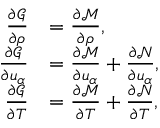
\begin{array} { r l } { \frac { \partial \mathcal { G } } { \partial \rho } } & { = \frac { \partial \mathcal { M } } { \partial \rho } , } \\ { \frac { \partial \mathcal { G } } { \partial u _ { \alpha } } } & { = \frac { \partial \mathcal { M } } { \partial u _ { \alpha } } + \frac { \partial \mathcal { N } } { \partial u _ { \alpha } } , } \\ { \frac { \partial \mathcal { G } } { \partial T } } & { = \frac { \partial \mathcal { M } } { \partial T } + \frac { \partial \mathcal { N } } { \partial T } , } \end{array}